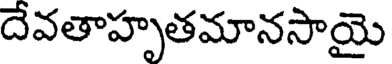
దేవతాహృతమానసాయై